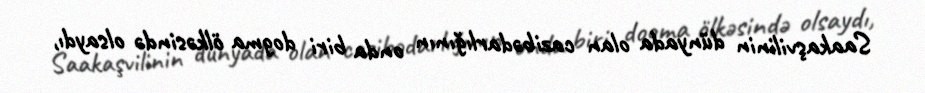
Saakaşvilinin dünyada olan cazibədarlığının onda biri dogma ölkəsində olsaydı,